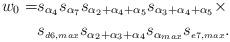
LaTeX: \begin{align*} w_0 = & s_{\alpha_4} s_{\alpha_7}s_{\alpha_2 +\alpha_4 +\alpha_5} s_{\alpha_3 + \alpha_4 + \alpha_5} \times \\ & s_{\scriptscriptstyle {d6}, max} s_{\alpha_2 + \alpha_3 + \alpha_4} s_{\alpha_{max}}s_{\scriptscriptstyle {e7}, max}. \end{align*}